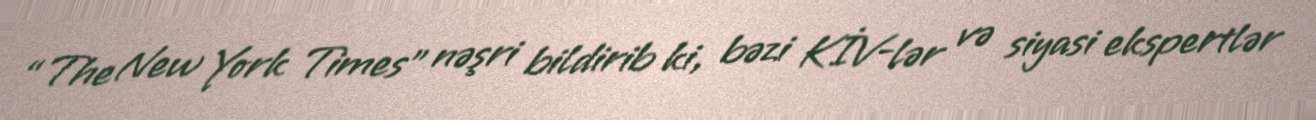
“The New York Times” nəşri bildirib ki, bəzi KİV-lər və siyasi ekspertlər